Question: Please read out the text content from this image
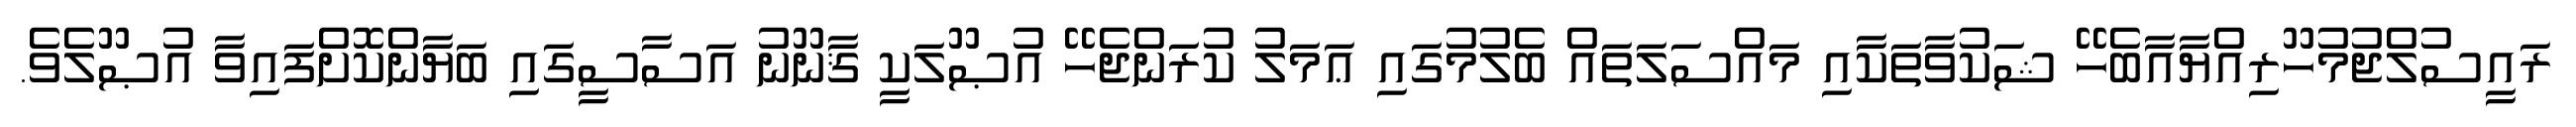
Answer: ރައީސުލްޖުމުހޫރިއްޔާއާބެހޭ ޝަކުވާތަކާއި މައްސަލަތައް ބެލުމުގައި ޢަމަލު ކުރަންޖެހޭ އުޞޫލަކީ ޤާނޫނު އަސާސީގައި ބަޔާންކޮށްފައިވާ އުޞޫލެވެ.